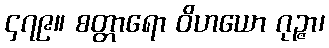
၄၇၉။ စတ္တာရော ဝိဟယော ဂုဉ္ဇာ၊